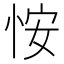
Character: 𪫲